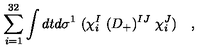
\sum _ { i = 1 } ^ { 3 2 } \int d t d \sigma ^ { 1 } \ ( \chi _ { i } ^ { I } \ ( D _ { + } ) ^ { I J } \ \chi _ { i } ^ { J } ) \quad ,